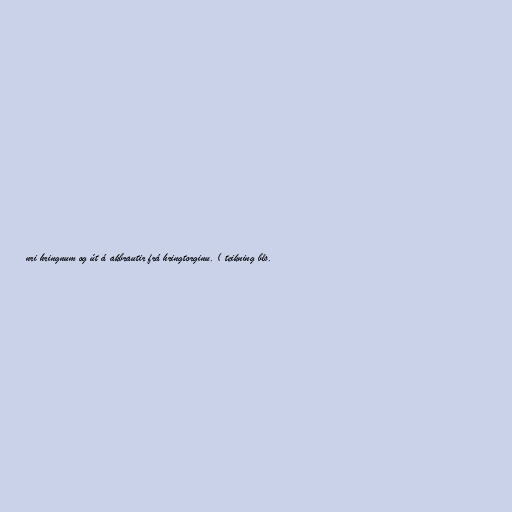
nri hringnum og út á akbrautir frá hringtorginu. ( teikning bls.